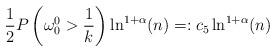
LaTeX: \begin{align*}\frac{1}{2} P\left(\omega_0^0>\frac{1}{k}\right)\ln^{1+\alpha}(n)=:c_5\ln^{1+\alpha}(n)\end{align*}